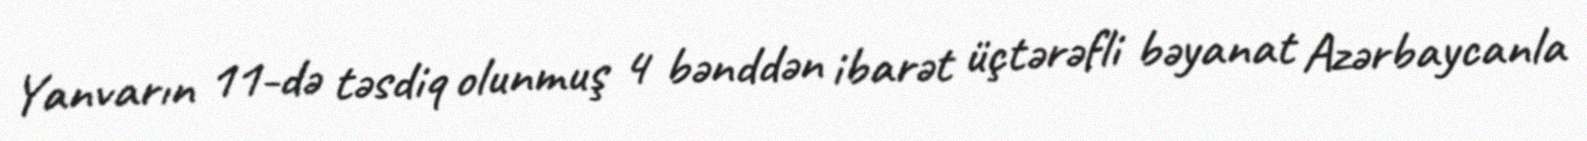
Yanvarın 11-də təsdiq olunmuş 4 bənddən ibarət üçtərəfli bəyanat Azərbaycanla